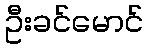
ဦးခင်မောင်